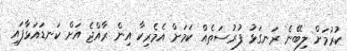
ކުރުމަށް ލިބޭނެ ރަނގަޅު ފުރުސަތެއް ކަމަށް އެމެރިކާ އިން ރާއްޖެ އަށް ކަނޑައަޅާފައި